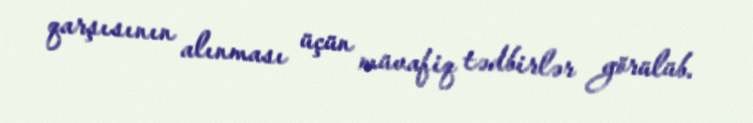
qarşısının alınması üçün müvafiq tədbirlər görülüb.